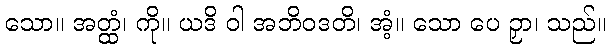
သော။ အတ္ထံ၊ ကို။ ယဒိ ဝါ အဘိဝဒတိ၊ အံ့။ သော ပေ ဉှာ၊ သည်။